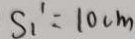
S _ { 1 } ^ { \prime } = 1 0 c m